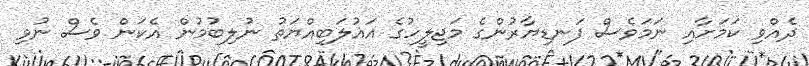
ދެއްވި ކަމަށާއި ނަމަވެސް ފަނޑިޔާރުންގެ މަޖިލީހުގެ އަޣުލަބިއްޔަތު ނުލިބުމުން އެކަން ވެސް ނުވި